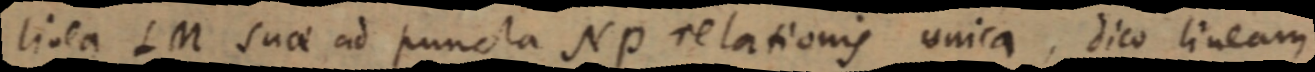
linea LM suae ad puncta Np relationis unica, dico lineam